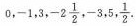
0，-1,3,-2\frac{1}{2},-3,5,\frac{1}{2}.